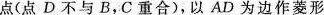
点(点D不与B，C重合)，以AD为边作菱形